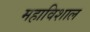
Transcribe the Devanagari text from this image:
महाविशाल